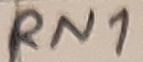
Text: RN1